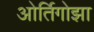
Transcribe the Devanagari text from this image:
ओर्तिगोझा